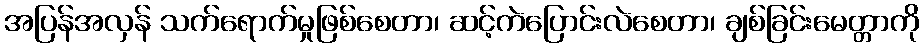
အပြန်အလှန် သက်ရောက်မှုဖြစ်စေတာ၊ ဆင့်ကဲပြောင်းလဲစေတာ၊ ချစ်ခြင်းမေတ္တာကို